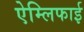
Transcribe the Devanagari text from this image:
ऐम्लिफाई